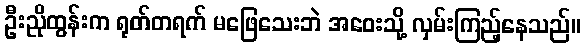
ဦးညိုထွန်းက ရုတ်တရက် မဖြေသေးဘဲ အဝေးသို့ လှမ်းကြည့်နေသည်။